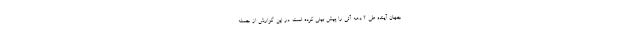
جهان آینده طی 2 دهه آتی را پیش بینی کرده است. در این گزارش از جمله